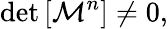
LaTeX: \operatorname*{det}\left[\mathcal{M}^{n}\right]\neq 0,